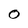
Character: O